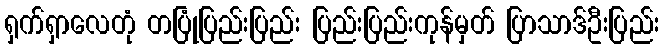
ရှက်ရှာလေတုံ တပြုံပြည်းပြည်း ပြည်းပြည်းကုန်မှတ် ပြာသာဒ်ဦးပြည်း